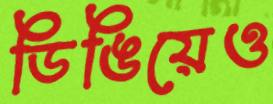
ডিঙিয়েও